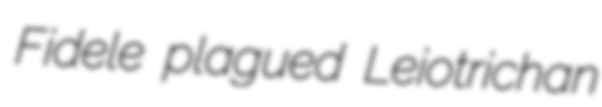
Fidele plagued Leiotrichan